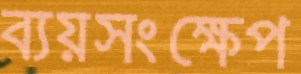
ব্যয়সংক্ষেপ